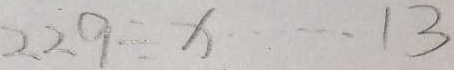
2 2 9 \div x \cdots 1 3